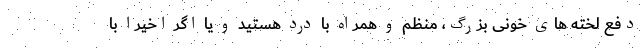
دفع لخته های خونی بزرگ، منظم و همراه با درد هستید و یا اگر اخیرا با